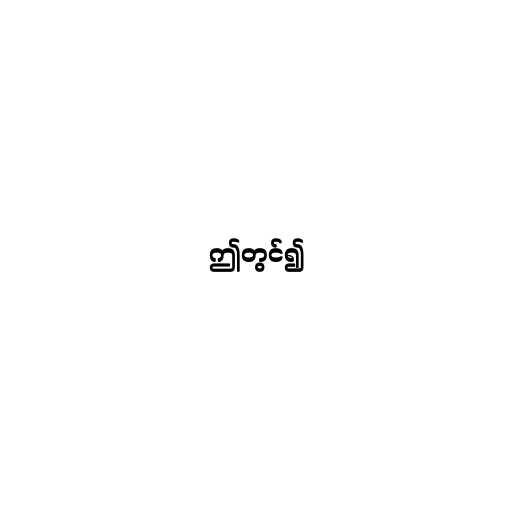
ဤတွင်၍